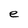
Character: e